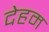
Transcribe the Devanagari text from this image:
देहम